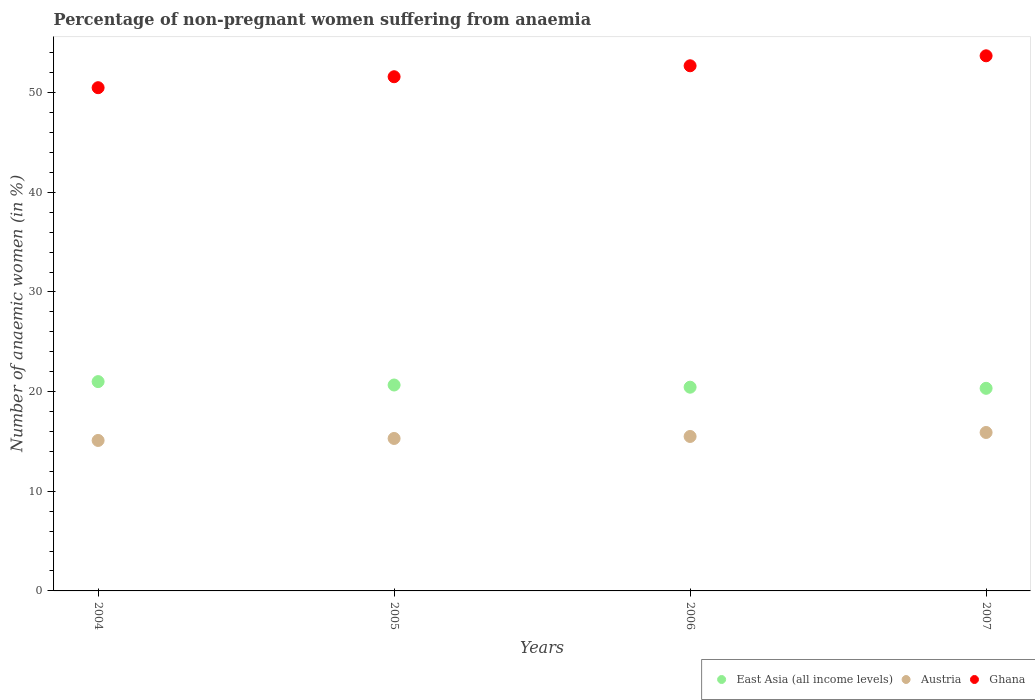
| Years | East Asia (all income levels) | Austria | Ghana |
 | --- | --- | --- | --- |
 | 2004 | 21 | 15.1 | 50.5 |
 | 2005 | 20.7 | 15.3 | 51.6 |
 | 2006 | 20.4 | 15.5 | 52.7 |
 | 2007 | 20.3 | 15.9 | 53.7 |